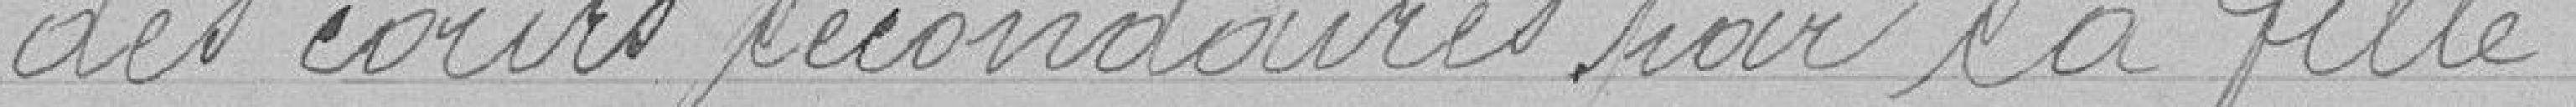
des cours secondaires par sa fille.